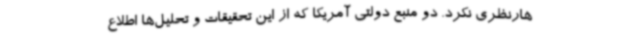
هارنظری نکرد. دو منبع دولتی آمریکا که از این تحقیقات و تحلیل‌ها اطلاع